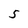
Character: 5